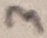
Text: 3